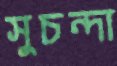
সুচন্দা